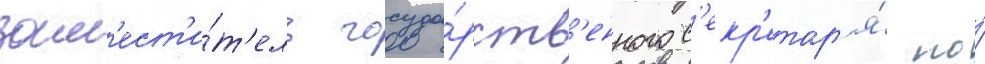
зам'ест'и́т'ель госуда́рств'енного с'екр'етар'я́ по́